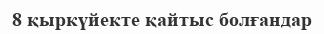
8 қыркүйекте қайтыс болғандар